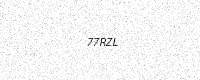
Text: 77RZL